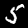
Digit: 5